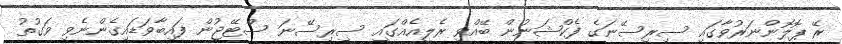
ރޭ ޕޮލޮންނަރުވާގައި ސިރިސޭނަގެ ފެކްޝަނުން ބޭއްވި ރެލީއެއްގައި ސިރިސޭނަ ސްޓޭޖުން ފައިބާވަޑައިގެންނެވި ވަގުތު